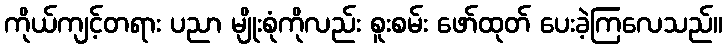
ကိုယ်ကျင့်တရား ပညာ မျိုးစုံကိုလည်း စူးစမ်း ဖော်ထုတ် ပေးခဲ့ကြလေသည်။